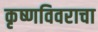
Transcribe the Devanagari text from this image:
कृष्णविवराचा